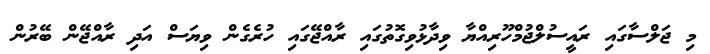
މި ޖަލްސާގައި ރައީސުލްޖުމްހޫރިއްޔާ ވިދާޅުވިގޮތުގައި ރާއްޖޭގައި ހުރެގެން ވިޔަސް އަދި ރާއްޖޭން ބޭރުން